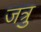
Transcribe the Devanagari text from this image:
जत्रु